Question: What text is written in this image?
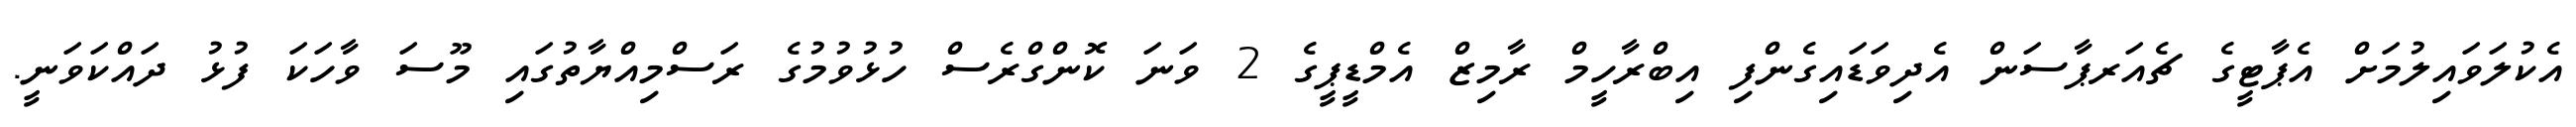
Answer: އެކުލަވައިލުމަށް އެޕާޓީގެ ޗެއަރޕާސަން އެދިވަޑައިގެންފި އިބްރާހީމް ރާމިޒް އެމްޑީޕީގެ 2 ވަނަ ކޮންގްރެސް ހުޅުވުމުގެ ރަސްމިއްޔާތުގައި މޫސަ ވާހަކަ ފުޅު ދައްކަވަނީ.